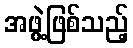
အဖွဲ့ဖြစ်သည့်